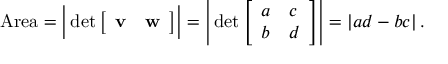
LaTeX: { \mathrm { A r e a } } = { \Bigl | } \operatorname* { d e t } { \left[ \begin{array} { l l } { { \mathbf { v } } } & { { \mathbf { w } } } \end{array} \right] } { \Bigr | } = { \Biggl | } \operatorname* { d e t } { \left[ \begin{array} { l l } { a } & { c } \\ { b } & { d } \end{array} \right] } { \Biggr | } = \left| a d - b c \right| .